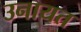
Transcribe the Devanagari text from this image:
उनायत